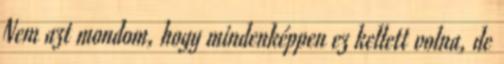
Nem azt mondom, hogy mindenképpen ez kellett volna, de